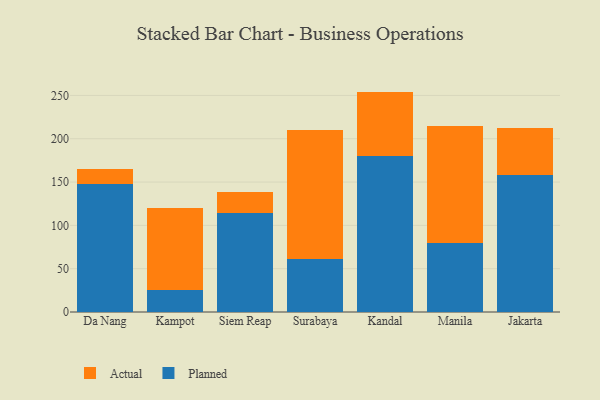
{"axis": {"x": "City", "y": "Shipments"}, "legend": ["Actual", "Planned"], "data": [{"x": "Da Nang", "y": 148.0, "type": "Planned"}, {"x": "Da Nang", "y": 17.5, "type": "Actual"}, {"x": "Kampot", "y": 25.2, "type": "Planned"}, {"x": "Kampot", "y": 94.4, "type": "Actual"}, {"x": "Siem Reap", "y": 114.1, "type": "Planned"}, {"x": "Siem Reap", "y": 24.9, "type": "Actual"}, {"x": "Surabaya", "y": 60.8, "type": "Planned"}, {"x": "Surabaya", "y": 149.3, "type": "Actual"}, {"x": "Kandal", "y": 180.0, "type": "Planned"}, {"x": "Kandal", "y": 74.4, "type": "Actual"}, {"x": "Manila", "y": 79.2, "type": "Planned"}, {"x": "Manila", "y": 135.4, "type": "Actual"}, {"x": "Jakarta", "y": 158.5, "type": "Planned"}, {"x": "Jakarta", "y": 53.7, "type": "Actual"}]}